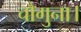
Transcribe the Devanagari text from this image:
चौगुना।